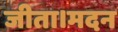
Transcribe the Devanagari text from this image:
जीता।मदन